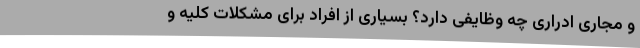
و مجاری ادراری چه وظایفی دارد؟ بسیاری از افراد برای مشکلات کلیه و